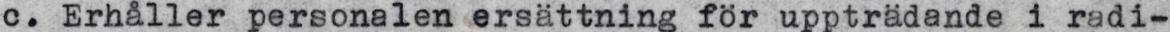
c. Erhåller personalen ersättning för uppträdande i radi-